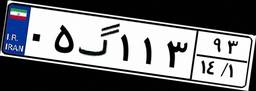
۰۵گ۱۱۳۹۳